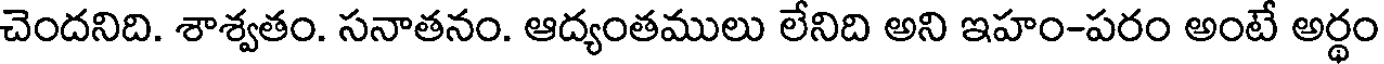
చెందనిది. శాశ్వతం. సనాతనం. ఆద్యంతములు లేనిది అని ఇహం-పరం అంటే అర్థం